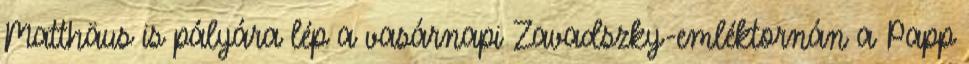
Matthäus is pályára lép a vasárnapi Zavadszky-emléktornán a Papp